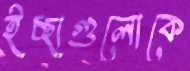
ইচ্ছাগুলোকে